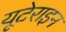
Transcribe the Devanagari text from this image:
यूटेराइन